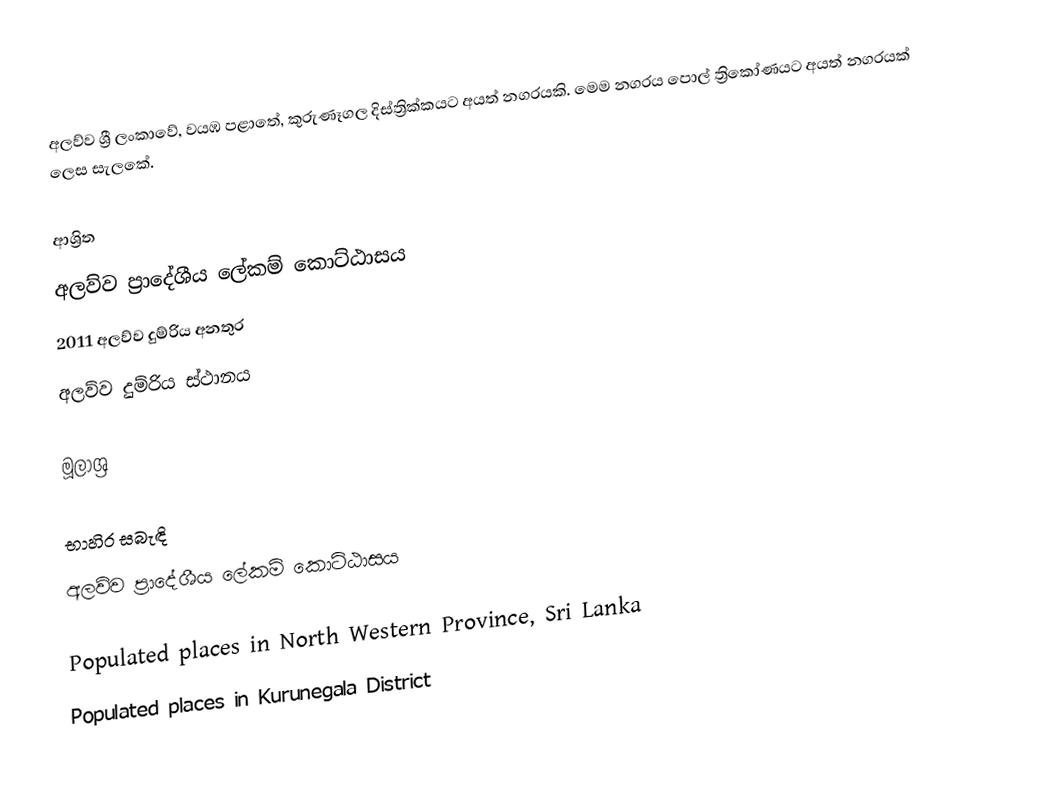
අලව්ව ශ්‍රී ලංකාවේ, වයඹ පළාතේ, කුරුණෑගල දිස්ත්‍රික්කයට අයත් නගරයකි. මෙම නගරය පොල් ත්‍රිකෝණයට අයත් නගරයක් ලෙස සැලකේ.

ආශ්‍රිත
 අලව්ව ප්‍රාදේශීය ලේකම් කොට්ඨාසය
 2011 අලව්ව දුම්රිය අනතුර
 අලව්ව දුම්රිය ස්ථානය

මූලාශ්‍ර

භාහිර සබැඳි
 අලව්ව ප්‍රාදේශීය ලේකම් කොට්ඨාසය

Populated places in North Western Province, Sri Lanka
Populated places in Kurunegala District